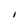
Character: 1